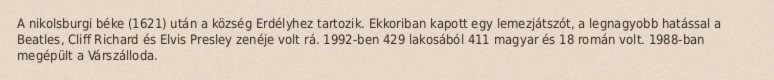
A nikolsburgi béke (1621) után a község Erdélyhez tartozik. Ekkoriban kapott egy lemezjátszót, a legnagyobb hatással a Beatles, Cliff Richard és Elvis Presley zenéje volt rá. 1992-ben 429 lakosából 411 magyar és 18 román volt. 1988-ban megépült a Várszálloda.